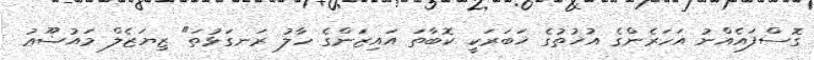
ގޮސްފައެއްނު އަހަރެންގެ އުޚުތުގެ ޚަބަރަކީ ކޮބާތަ އައިޒަންގެ ހާލު ރަނގަޅުތަ" ޒިޔަޒެލް މައުޟޫޢު